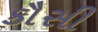
કૌસી